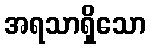
အရသာရှိသော